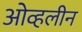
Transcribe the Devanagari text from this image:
ओव्हलीन